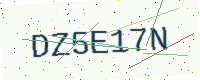
Text: DZ5E17N